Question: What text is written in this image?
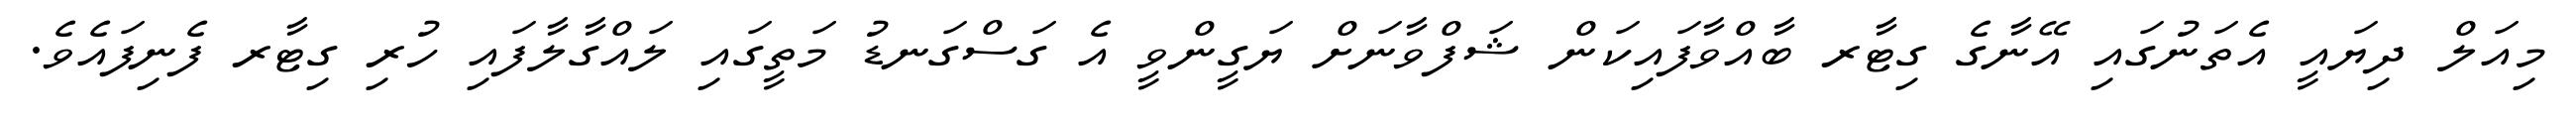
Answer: މިއަލް ދިޔައީ އެތަނުގައި އޭނާގެ ގިޓާރ ބާއްވާފައިކަން ޝަފްވާނަށް ޔަގީންވީ އެ ގަސްގަނޑު މަތީގައި ލައްގާލާފައި ހުރި ގިޓާރ ފެނިފައެވެ.